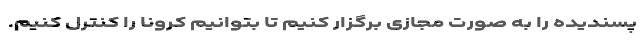
پسندیده را به صورت مجازی برگزار کنیم تا بتوانیم کرونا را کنترل کنیم.